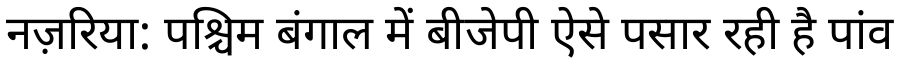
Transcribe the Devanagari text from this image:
नज़रिया: पश्चिम बंगाल में बीजेपी ऐसे पसार रही है पांव